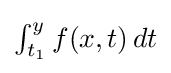
{\textstyle \int _{t_{1}}^{y}f(x,t)\,dt}